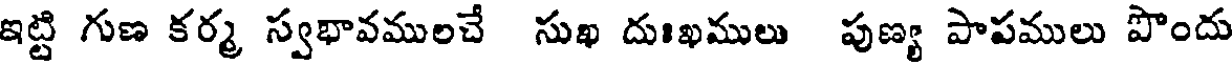
ఇట్టి గుణ కర్మ స్వభావములచే సుఖ దుఃఖములు పుణ్య పాపములు పొందు